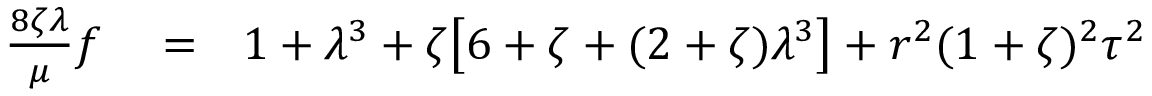
\begin{array} { r l r } { \frac { 8 \zeta \lambda } { \mu } f } & { { } = } & { 1 + \lambda ^ { 3 } + \zeta \big [ 6 + \zeta + ( 2 + \zeta ) \lambda ^ { 3 } \big ] + r ^ { 2 } ( 1 + \zeta ) ^ { 2 } \tau ^ { 2 } } \end{array}